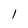
Character: 1